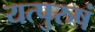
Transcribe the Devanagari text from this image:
यत्पुरुषं